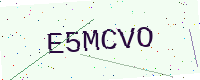
Text: E5MCVO